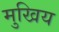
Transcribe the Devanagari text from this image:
मुखिय